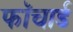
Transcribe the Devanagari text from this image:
फॉचार्ड